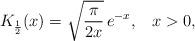
LaTeX: \begin{align*}K_{\frac{1}{2}}(x)=\sqrt{\frac{\pi}{2x}}\,e^{-x},\,\,\,\,\,x>0,\end{align*}